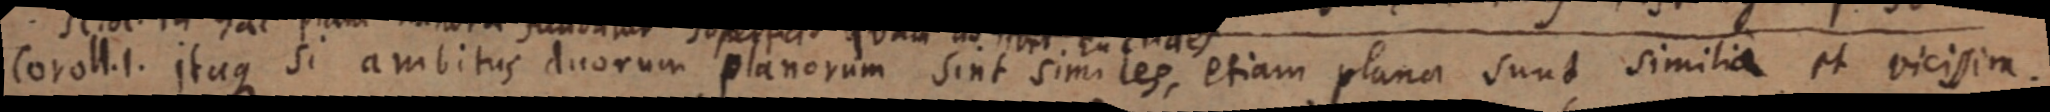
Coroll. 1. Itaque si ambitus duorum planorum sint similes, etiam plana sunt similia et vicissim.